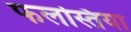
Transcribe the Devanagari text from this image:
फलस्तिया